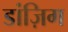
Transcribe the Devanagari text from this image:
डांज़िग